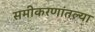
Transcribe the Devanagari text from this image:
समीकरणांतल्या